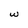
Character: W